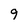
Character: 9